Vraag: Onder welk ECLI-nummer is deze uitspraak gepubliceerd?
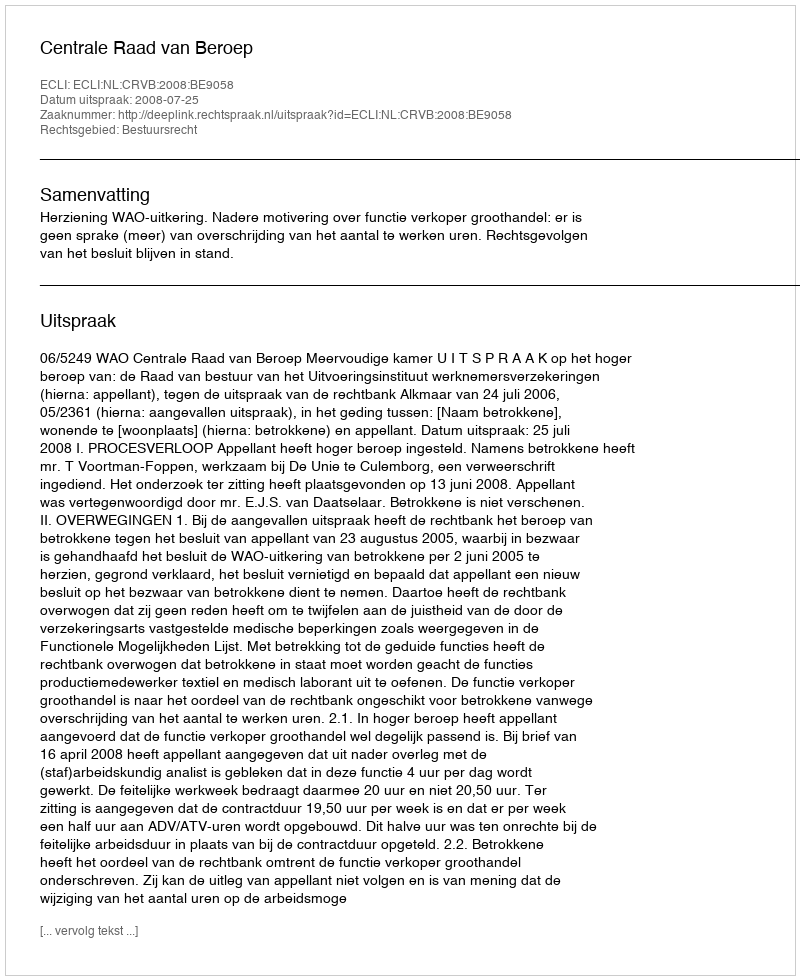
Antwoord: ECLI:NL:CRVB:2008:BE9058